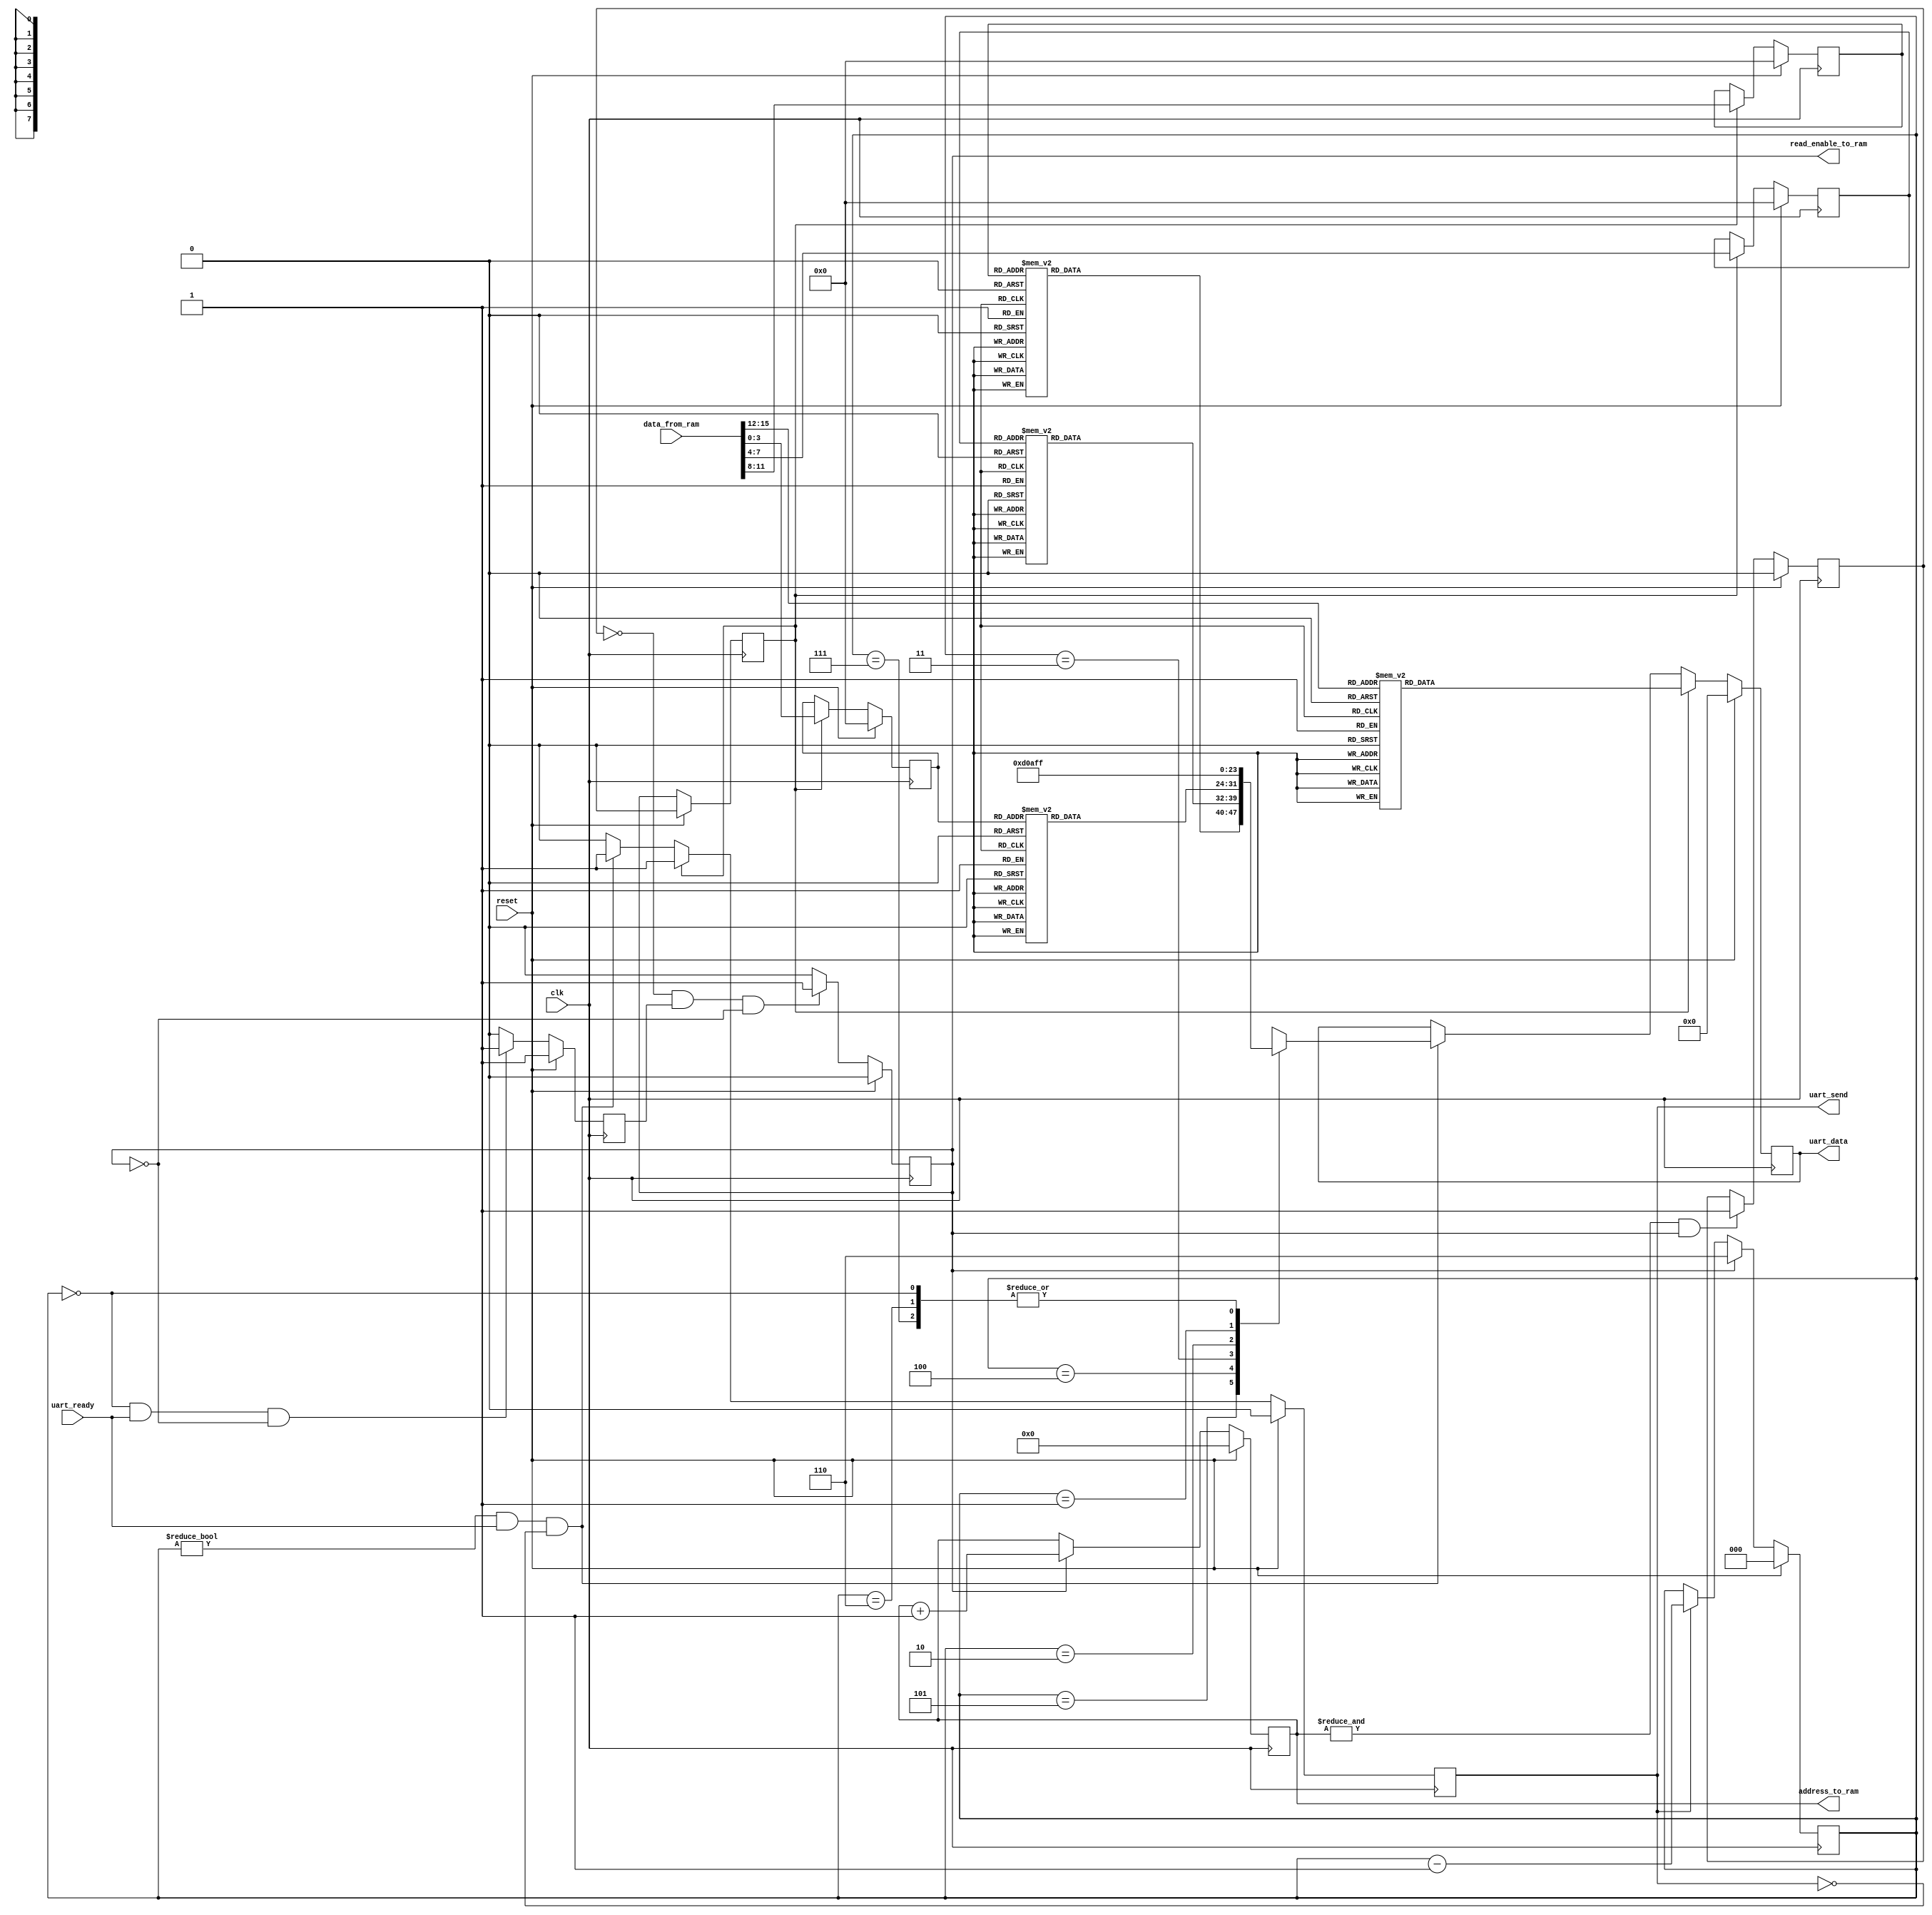
`timescale 1ns / 1ps
//////////////////////////////////////////////////////////////////////////////////
// Company: 
// Engineer: 
// 
// Design Name: 
// Module Name:    read_from_ram 
// Project Name: 
// Target Devices: 
// Tool versions: 
// Description: 
//
// Dependencies: 
//
// Revision: 
// Revision 0.01 - File Created
// Additional Comments: 
//
//////////////////////////////////////////////////////////////////////////////////
module read_from_ram(
    input clk,
	 input reset,
    input [15:0] data_from_ram,
    input uart_ready,
    output reg [5:0] address_to_ram,
    output reg read_enable_to_ram,
    output reg uart_send,
    output reg [7:0] uart_data
    );

	//reg[3:0] mem_counter ;
	reg[2:0] byte_counter ;			// 2+2=4 bytes including new line code
	reg stop ;							//stop reading the ram 
	reg uart_sec_free ; 				// sending 32bit word to uart finished
	reg read_input_from_ram ;
	//reg [7:0] byte1 ;              //byte3, byte2 ;
	reg [3:0] hex1, hex2, hex3 ;    // store [11:0] of the 16 bit ram line
	
	
	always @ (posedge clk)			//address_to_ram
	begin
		if ( reset )
			address_to_ram <= 0 ;
		else if ( read_enable_to_ram )
			address_to_ram <= address_to_ram + 4'b0001 ;
		else
			address_to_ram <= address_to_ram ;
	end

	
	always @ (posedge clk)				//stop reading ram (end reached.)
	begin
		if (reset)
			stop <= 0 ;
		else if ( ( &address_to_ram ) && ( read_enable_to_ram )	)
			stop <= 1 ;
		else
			stop <= stop ;
	end
	
	
	always @ (posedge clk)				//read_enable_to_ram  ---should be single cycle
	begin
		if (reset)
			read_enable_to_ram <= 0 ;
		else if ( ( ~stop ) && uart_sec_free && (~ read_enable_to_ram) )
			read_enable_to_ram <= 1 ;
		else 
			read_enable_to_ram <= 0 ;
	end
	
	
		
	always @ (posedge clk)				//byte_counter [ 4 data bytes and 2 new line bytes ]
	begin
		if (reset)	
			byte_counter <= 0 ;
		else if ( read_enable_to_ram )
			byte_counter <= 3'd6 ;
		else if (uart_send)
			byte_counter <= byte_counter - 3'b001 ;
		else
			byte_counter <= byte_counter ;
	end


	
	always @ (posedge clk)				//read_input_from_ram
	begin
		if (reset)
			read_input_from_ram <= 0 ;
		else
			read_input_from_ram <= read_enable_to_ram ;
	end
	
	
//	always @ ( posedge clk ) 			//store data  (second byte)
//	begin
//		if ( reset )
//		begin
//	//		byte3 <= 0 ;
//	//		byte2 <= 0 ;
//			byte1 <= 0 ;
//		end
//		else if ( read_input_from_ram )		//(read_enable_to_ram)
//		begin
//	//		byte3 <= data_from_ram[23:16] ;
//	//		byte2 <= data_from_ram[15:8] ;
//			byte1 <= data_from_ram[7:0] ;
//		end
//		else
//		begin
//	//		byte3 <= byte3 ;
//	//		byte2 <= byte2 ;
//			byte1 <= byte1 ;
//		end	
//	end


always @ ( posedge clk ) 			//store data  (second byte)
	begin
		if ( reset )
		begin
			hex3 <= 0 ;
			hex2 <= 0 ;
			hex1 <= 0 ;
		end
		else if ( read_input_from_ram )		//(read_enable_to_ram)
		begin
			hex3 <= data_from_ram[11:8] ;
			hex2 <= data_from_ram[7:4] ;
			hex1 <= data_from_ram[3:0] ;//			byte1 <= data_from_ram[7:0] ;
		end
		else
		begin
			hex3 <= hex3 ;
			hex2 <= hex2 ;
			hex1 <= hex1 ;
		end	
	end
	
	
	
	
	
	always @ (posedge clk)				//uart_send        
	begin
		if (reset)
			uart_send <= 0 ;
		else if ( read_input_from_ram )				//( read_enable_to_ram )	
			uart_send <= 1;  
		else if ( ( byte_counter != 0) && ( uart_ready ) && ( ~ uart_send ) )
			uart_send <= 1;
		else
			uart_send <= 0;
	end		


	


	always @ ( posedge clk ) 			//uart_data 8bit
	begin
		if ( reset )
			uart_data <= 8'd0 ;
		else if ( read_input_from_ram )				//(read_enable_to_ram)	
		begin
			case (data_from_ram[15:12])
			
				0	:	uart_data <= 8'h30 ;
				1	:	uart_data <= 8'h31 ;
				2	:	uart_data <= 8'h32 ;
				3	:	uart_data <= 8'h33 ;
				4	:	uart_data <= 8'h34 ;
				5	:	uart_data <= 8'h35 ;
				6	:	uart_data <= 8'h36 ;
				7	:	uart_data <= 8'h37 ;
				8	:	uart_data <= 8'h38 ;
				9	:	uart_data <= 8'h39 ;
				10	:	uart_data <= 8'h41 ;
				11	:	uart_data <= 8'h42 ;
				12	:	uart_data <= 8'h43 ;
				13	:	uart_data <= 8'h44 ;
				14	:	uart_data <= 8'h45 ;
				15	:	uart_data <= 8'h46 ;
			endcase
		end	
		else if ( uart_ready && ( byte_counter != 0 ) && ( ~ uart_send ) )
		begin
			case (byte_counter)
				7 : uart_data <= 8'hFF ;
				6 : uart_data <= 8'hFF ;
				5 : 
				begin
					case (hex3)
					
						0	:	uart_data <= 8'h30 ;
						1	:	uart_data <= 8'h31 ;
						2	:	uart_data <= 8'h32 ;
						3	:	uart_data <= 8'h33 ;
						4	:	uart_data <= 8'h34 ;
						5	:	uart_data <= 8'h35 ;
						6	:	uart_data <= 8'h36 ;
						7	:	uart_data <= 8'h37 ;
						8	:	uart_data <= 8'h38 ;
						9	:	uart_data <= 8'h39 ;
						10	:	uart_data <= 8'h41 ;
						11	:	uart_data <= 8'h42 ;
						12	:	uart_data <= 8'h43 ;
						13	:	uart_data <= 8'h44 ;
						14	:	uart_data <= 8'h45 ;
						15	:	uart_data <= 8'h46 ;
					endcase
				end
				4 : 
				begin
					case (hex2)
					
						0	:	uart_data <= 8'h30 ;
						1	:	uart_data <= 8'h31 ;
						2	:	uart_data <= 8'h32 ;
						3	:	uart_data <= 8'h33 ;
						4	:	uart_data <= 8'h34 ;
						5	:	uart_data <= 8'h35 ;
						6	:	uart_data <= 8'h36 ;
						7	:	uart_data <= 8'h37 ;
						8	:	uart_data <= 8'h38 ;
						9	:	uart_data <= 8'h39 ;
						10	:	uart_data <= 8'h41 ;
						11	:	uart_data <= 8'h42 ;
						12	:	uart_data <= 8'h43 ;
						13	:	uart_data <= 8'h44 ;
						14	:	uart_data <= 8'h45 ;
						15	:	uart_data <= 8'h46 ;
					endcase
				end
				3 : 
				begin
					case (hex1)
					
						0	:	uart_data <= 8'h30 ;
						1	:	uart_data <= 8'h31 ;
						2	:	uart_data <= 8'h32 ;
						3	:	uart_data <= 8'h33 ;
						4	:	uart_data <= 8'h34 ;
						5	:	uart_data <= 8'h35 ;
						6	:	uart_data <= 8'h36 ;
						7	:	uart_data <= 8'h37 ;
						8	:	uart_data <= 8'h38 ;
						9	:	uart_data <= 8'h39 ;
						10	:	uart_data <= 8'h41 ;
						11	:	uart_data <= 8'h42 ;
						12	:	uart_data <= 8'h43 ;
						13	:	uart_data <= 8'h44 ;
						14	:	uart_data <= 8'h45 ;
						15	:	uart_data <= 8'h46 ;
					endcase
				end
				2 : uart_data <= 8'h0d ;			// new line
				1 : uart_data <= 8'h0a ;			// new line
				0 : uart_data <= 8'hFF;
			endcase
		end
	end		
	
/*	
		always @ ( posedge clk ) 			//uart_data 8bit
	begin
		if ( reset )
			uart_data <= 8'd0 ;
		else if ( read_input_from_ram )				//(read_enable_to_ram)	
			uart_data <= data_from_ram[15:8] ;
		else if ( uart_ready && ( byte_counter != 0 ) && ( ~ uart_send ) )
		begin
			case (byte_counter)
				6 : uart_data <= 8'hFF; 			// should never happen
				5 : uart_data <= 8'hFF; 			// should never happen
				4 : uart_data <= 8'hFF; 			// should never happen
				3 : uart_data <= byte1 ;
				2 : uart_data <= 8'h0d ;			// new line
				1 : uart_data <= 8'h0a ;			// new line
				0 : uart_data <= 8'hFF;
			endcase
		end
	end		

*/




		always @ ( posedge clk )				//uart_sec_free
		begin
			if (reset)
				uart_sec_free <= 1 ;
			else if ( ( byte_counter == 0 ) && uart_ready && ( ~read_enable_to_ram ) )	
				uart_sec_free <= 1 ;
			else 
				uart_sec_free <= 0 ;
		end


endmodule